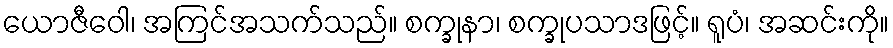
ယောဇီဝေါ၊ အကြင်အသက်သည်။ စက္ခုနာ၊ စက္ခုပသာဒဖြင့်။ ရူပံ၊ အဆင်းကို။